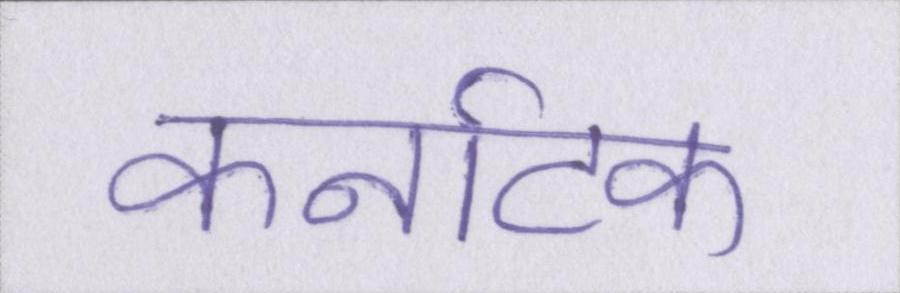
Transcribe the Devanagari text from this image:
कर्नाटक